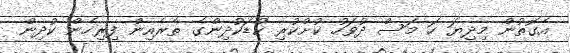
އެގޮތުން މިދިޔަ ހަ މަސް ދުވަހު ކުށްކުރި ކުޑަކުދިންގެ ތެރެއިން ފިރިހެން ކުދިން